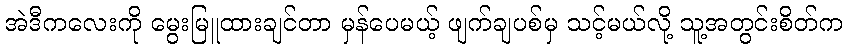
အဲဒီကလေးကို မွေးမြူထားချင်တာ မှန်ပေမယ့် ဖျက်ချပစ်မှ သင့်မယ်လို့ သူ့အတွင်းစိတ်က